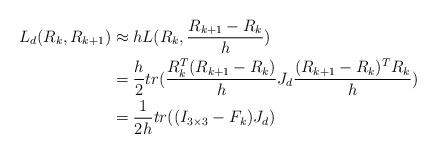
LaTeX: \begin{align*} L_d(R_k,R_{k+1}) &\approx hL(R_k,\frac{R_{k+1}-R_k}{h}) \\ &= \frac{h}{2}tr(\frac{R_k^T(R_{k+1}-R_k)}{h} J_d \frac{(R_{k+1}-R_k)^T R_k}{h}) \\ &= \frac{1}{2h}tr((I_{3 \times 3}-F_k)J_d)\end{align*}